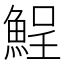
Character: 𩷣